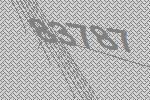
83787